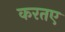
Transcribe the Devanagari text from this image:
करतए